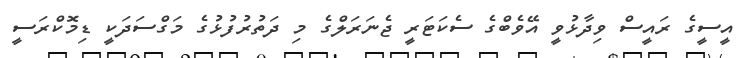
އީސީގެ ރައީސް ވިދާޅުވީ އޭވެބްގެ ސެކަޓަރީ ޖެނަރަލްގެ މި ދަތުރުފުޅުގެ މަގްސަދަކީ ޑިމޮކްރަސީ